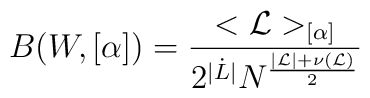
B(W,[\alpha ]) =\frac{< {\cal L} >_{[\alpha ]}}{2^{|\dot{L}|}N^\frac{|{\cal L}|+\nu ({\cal L})}{2}}